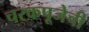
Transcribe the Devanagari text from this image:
चरकपूजेची